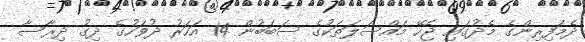
ދެމަފިރިންގެ މެދުގައި ޖެހޭ މައްސަލަތަކުގެ ސަބަބުން 14 އަހަރު ދުވަހުގެ ދިގު ދިރާސާ